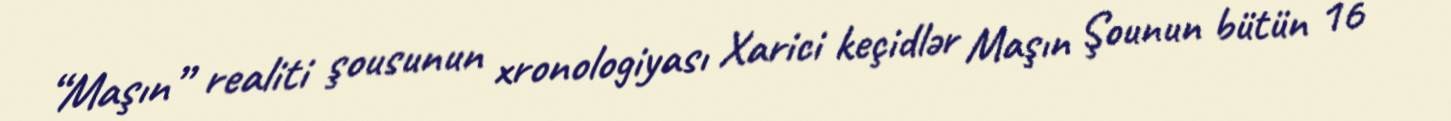
“Maşın” realiti şousunun xronologiyası Xarici keçidlər Maşın Şounun bütün 16